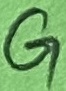
Text: G